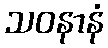
သဝနာနံ